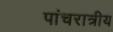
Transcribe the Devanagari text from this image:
पांचरात्रीय